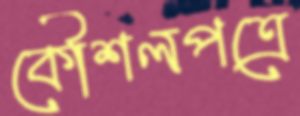
কৌশলপত্রে